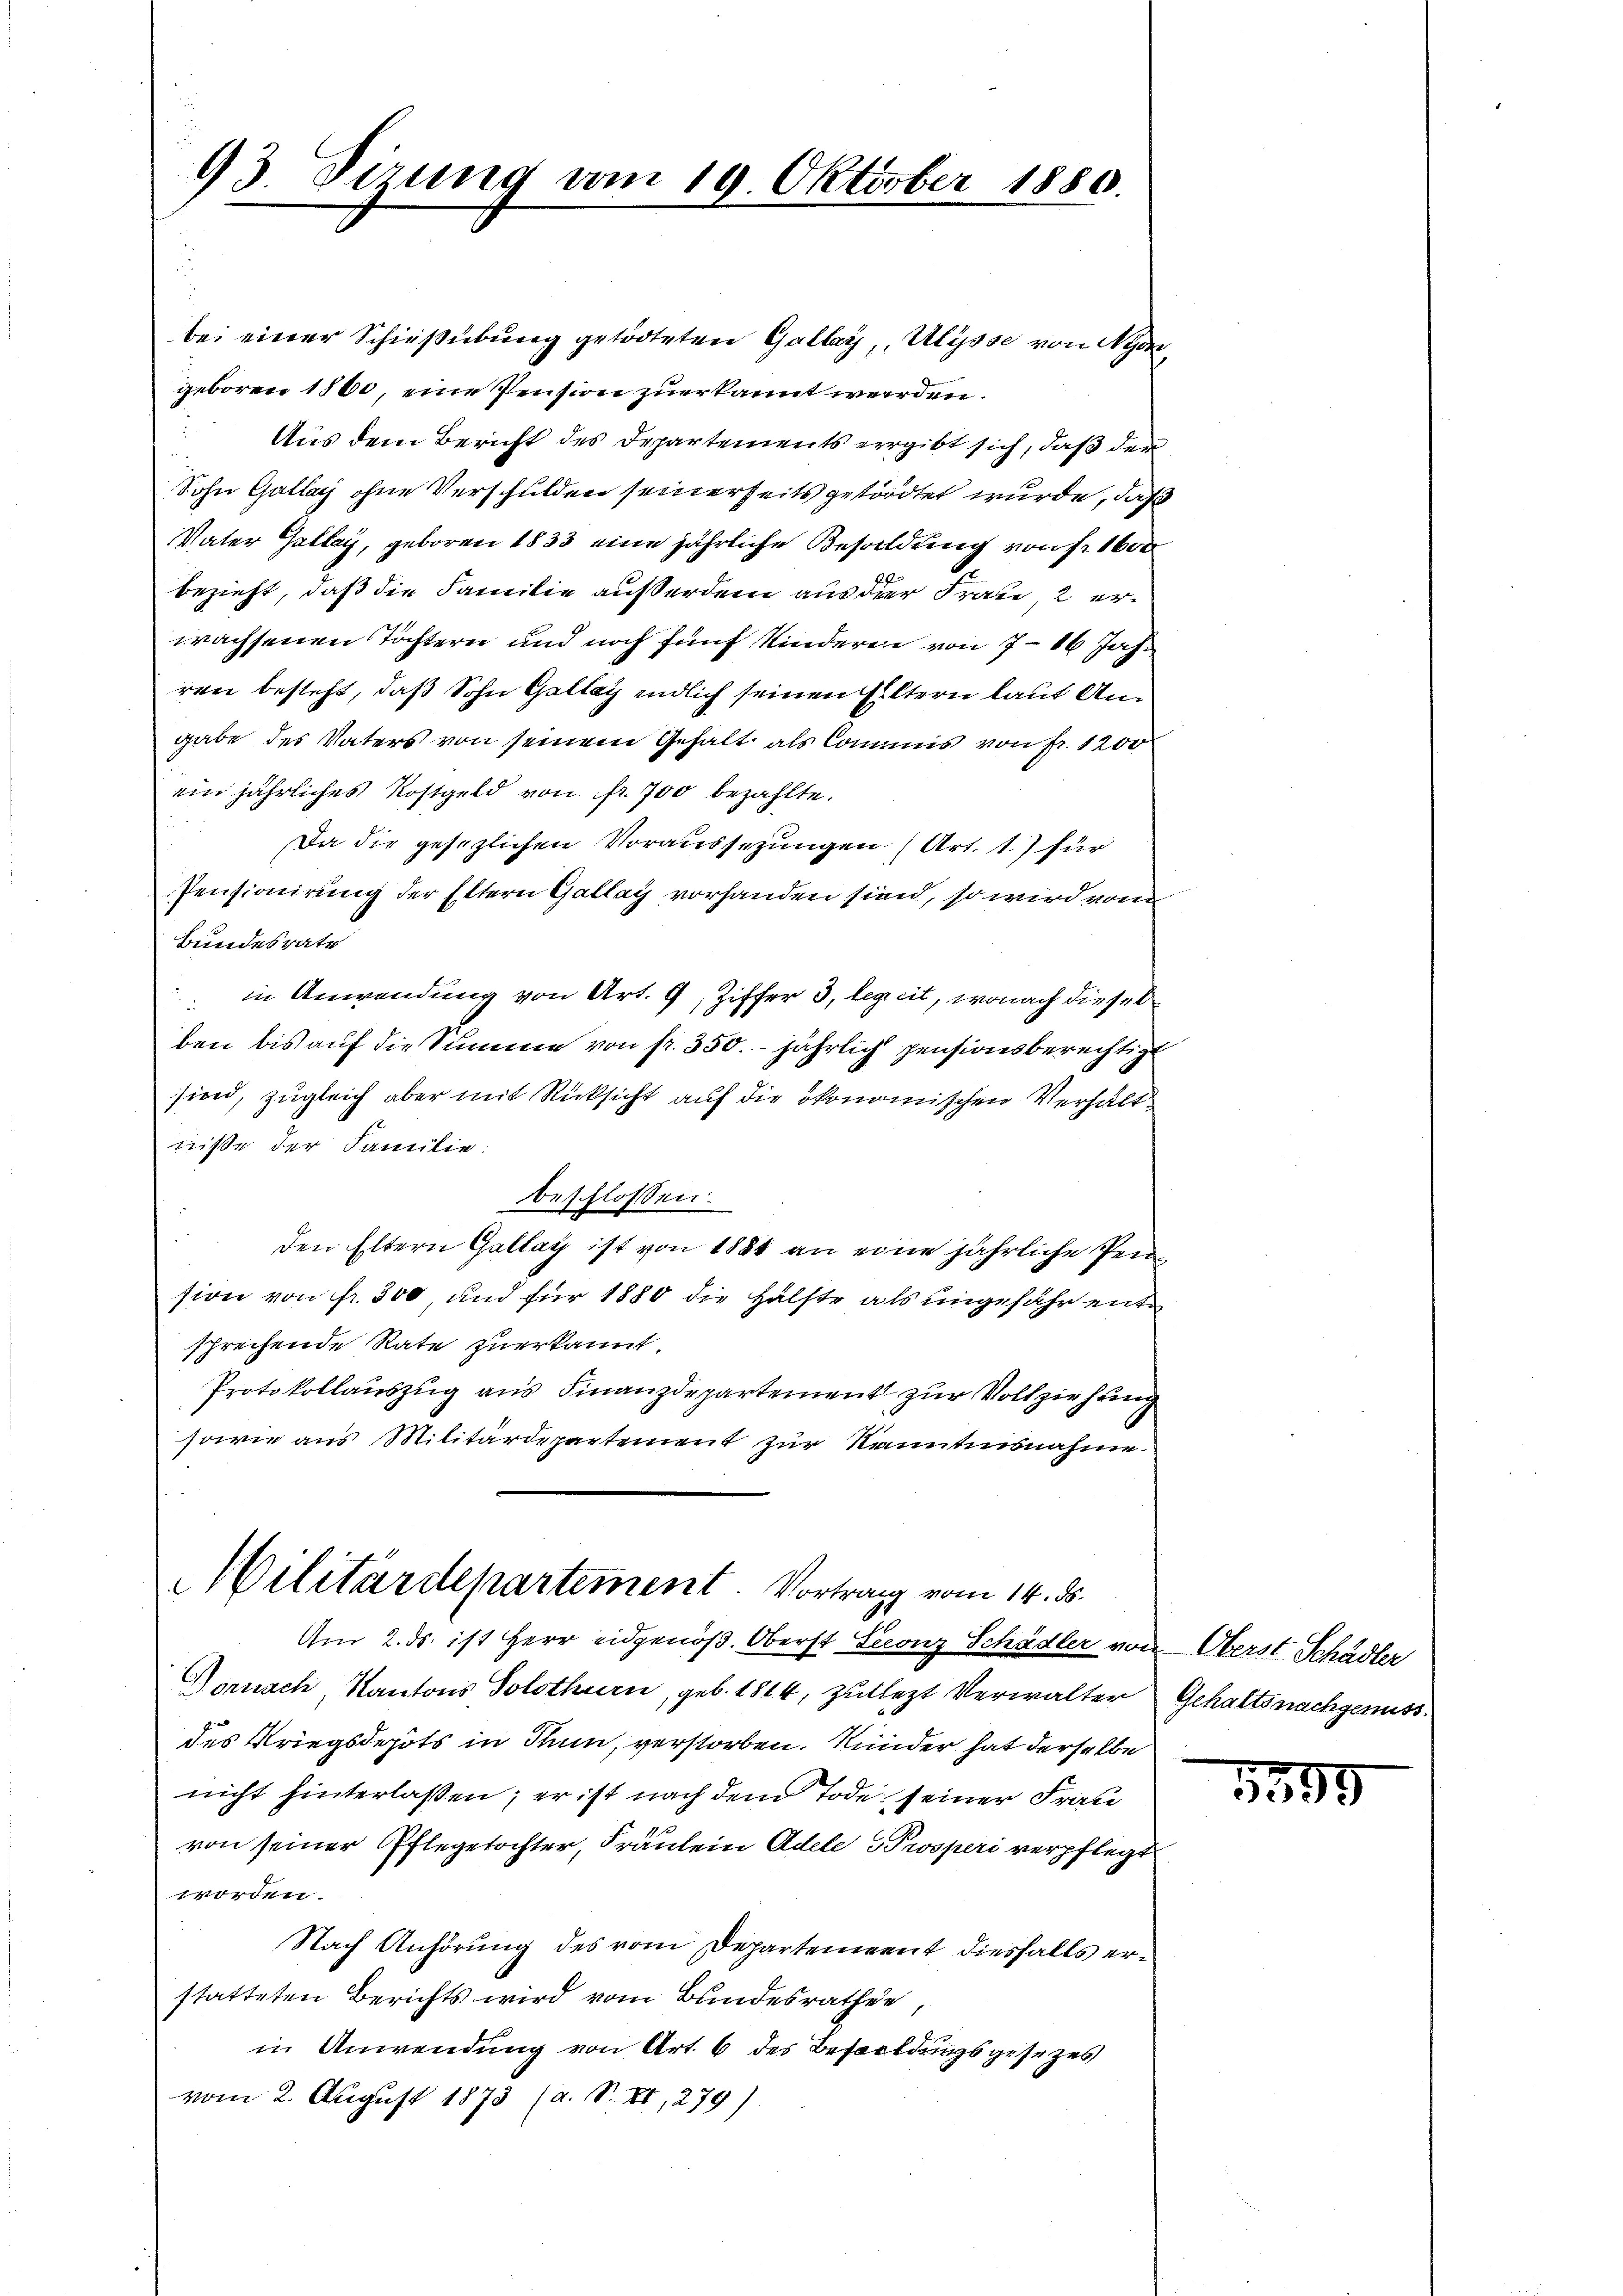
93. Dizung vom 19. Oktober 1880.

bei einer Schießübung getödteten Gallay Ulysse von Nyon,
geboren 1860, eine Pension zuerkannt werden.
Aus dem Bericht des Departements ergibt sich, daβ den
Sohn Gallay ohne Verschulden seinerseits getödtet wurde, daß
Vater Hallag, geboren 1833 eine jährliche Besoldung von fr. 1600
bezieht, daß die Familie außerdem aus der Frau, 2 erwachsenen Töchtern und noch fünf Kinderen von 7 – 16 Jahren besteht, daß Sohn Gallay endlich seinen Eltern laut Angabe des Vaters von seinem Gehalt als Commis von fr. 1200
ein jährliches Kostgeld von fr. 700 bezahlte.
Da die gesezlichen Voraussezungen (Art. 1.) für
Pensionirung der Eltern Gallay vorhanden sind, so wird vom
Bundesrate
 in Anwendung von Art. 9, Ziffer 3, leget, wonach diesel
ben bis auf die Summe von fr. 350. jährlich pensionsberechtigt
sind, zugleich aber mit Rücksicht auf die ökonomischen Verhält
niße der Familie.
beschlossen:
den Eltern Gallay ist von 1881 an eine jährliche Pension von fr. 300, und für 1880 die Hälfte als ungefähr entsprechende Rate zuerkannt.
Protokollauszug aus Finanzdepartement zur Vollziehung
sowie aus Militärdepartement zur kanntnisnahme.
Militärdepartement. Vortrag vom 14. ds.
Am 2. ds. ist Herr eidgenöß. Oberst Leonz Schädler von Oberst Schädler
Dornach, Kantons Solothurn, geb. 1814, zulezt Verwalter Gehaltsnachgenuss.
des Kriegsdepots in Thun, verstorben. Minder hat derselbe
nicht hinterlassen; er ist nach dem Tode seiner Frau
von seiner Pflegetochter, Fräulein Adele Prosperi verpflegt
worden.
Nach Anhörung des vom Departement diesfalls erstatteten Berichts wird vom Bundesrathen,
in Anwendung von Art. 6 des Besoldungsgesezes
vom 2. August 1873 (a. S. XI, 279)

5599